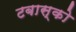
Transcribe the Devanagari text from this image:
टबास्को